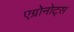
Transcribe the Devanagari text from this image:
एग्रोनोट्स